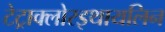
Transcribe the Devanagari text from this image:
टेट्राक्लोरइथायलिन